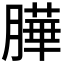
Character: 𦠜